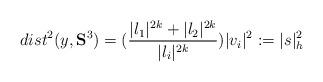
LaTeX: \begin{align*}dist^{2}(y,\mathbf{S}^{3})=(\frac{|l_{1}|^{2k}+|l_{2}|^{2k}}{|l_{i}|^{2k}})|v_{i}|^{2}:=|s|_{h}^{2}\end{align*}